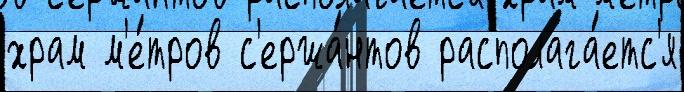
храм м'е́тров с'ержа́нтов располага́етс'я